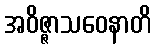
အဝိဇ္ဇာသဝေနာတိ